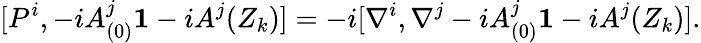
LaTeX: [P^{i},-iA_{(0)}^{j}{\mathbf 1}-iA^{j}(Z_{k})]=-i[\nabla^{i},\nabla^{j}-iA_{(0)}^{j}{\mathbf 1}-iA^{j}(Z_{k})].